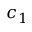
c _ { 1 }